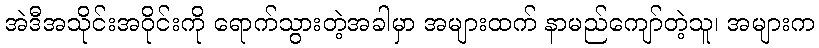
အဲဒီအသိုင်းအဝိုင်းကို ရောက်သွားတဲ့အခါမှာ အများထက် နာမည်ကျော်တဲ့သူ၊ အများက